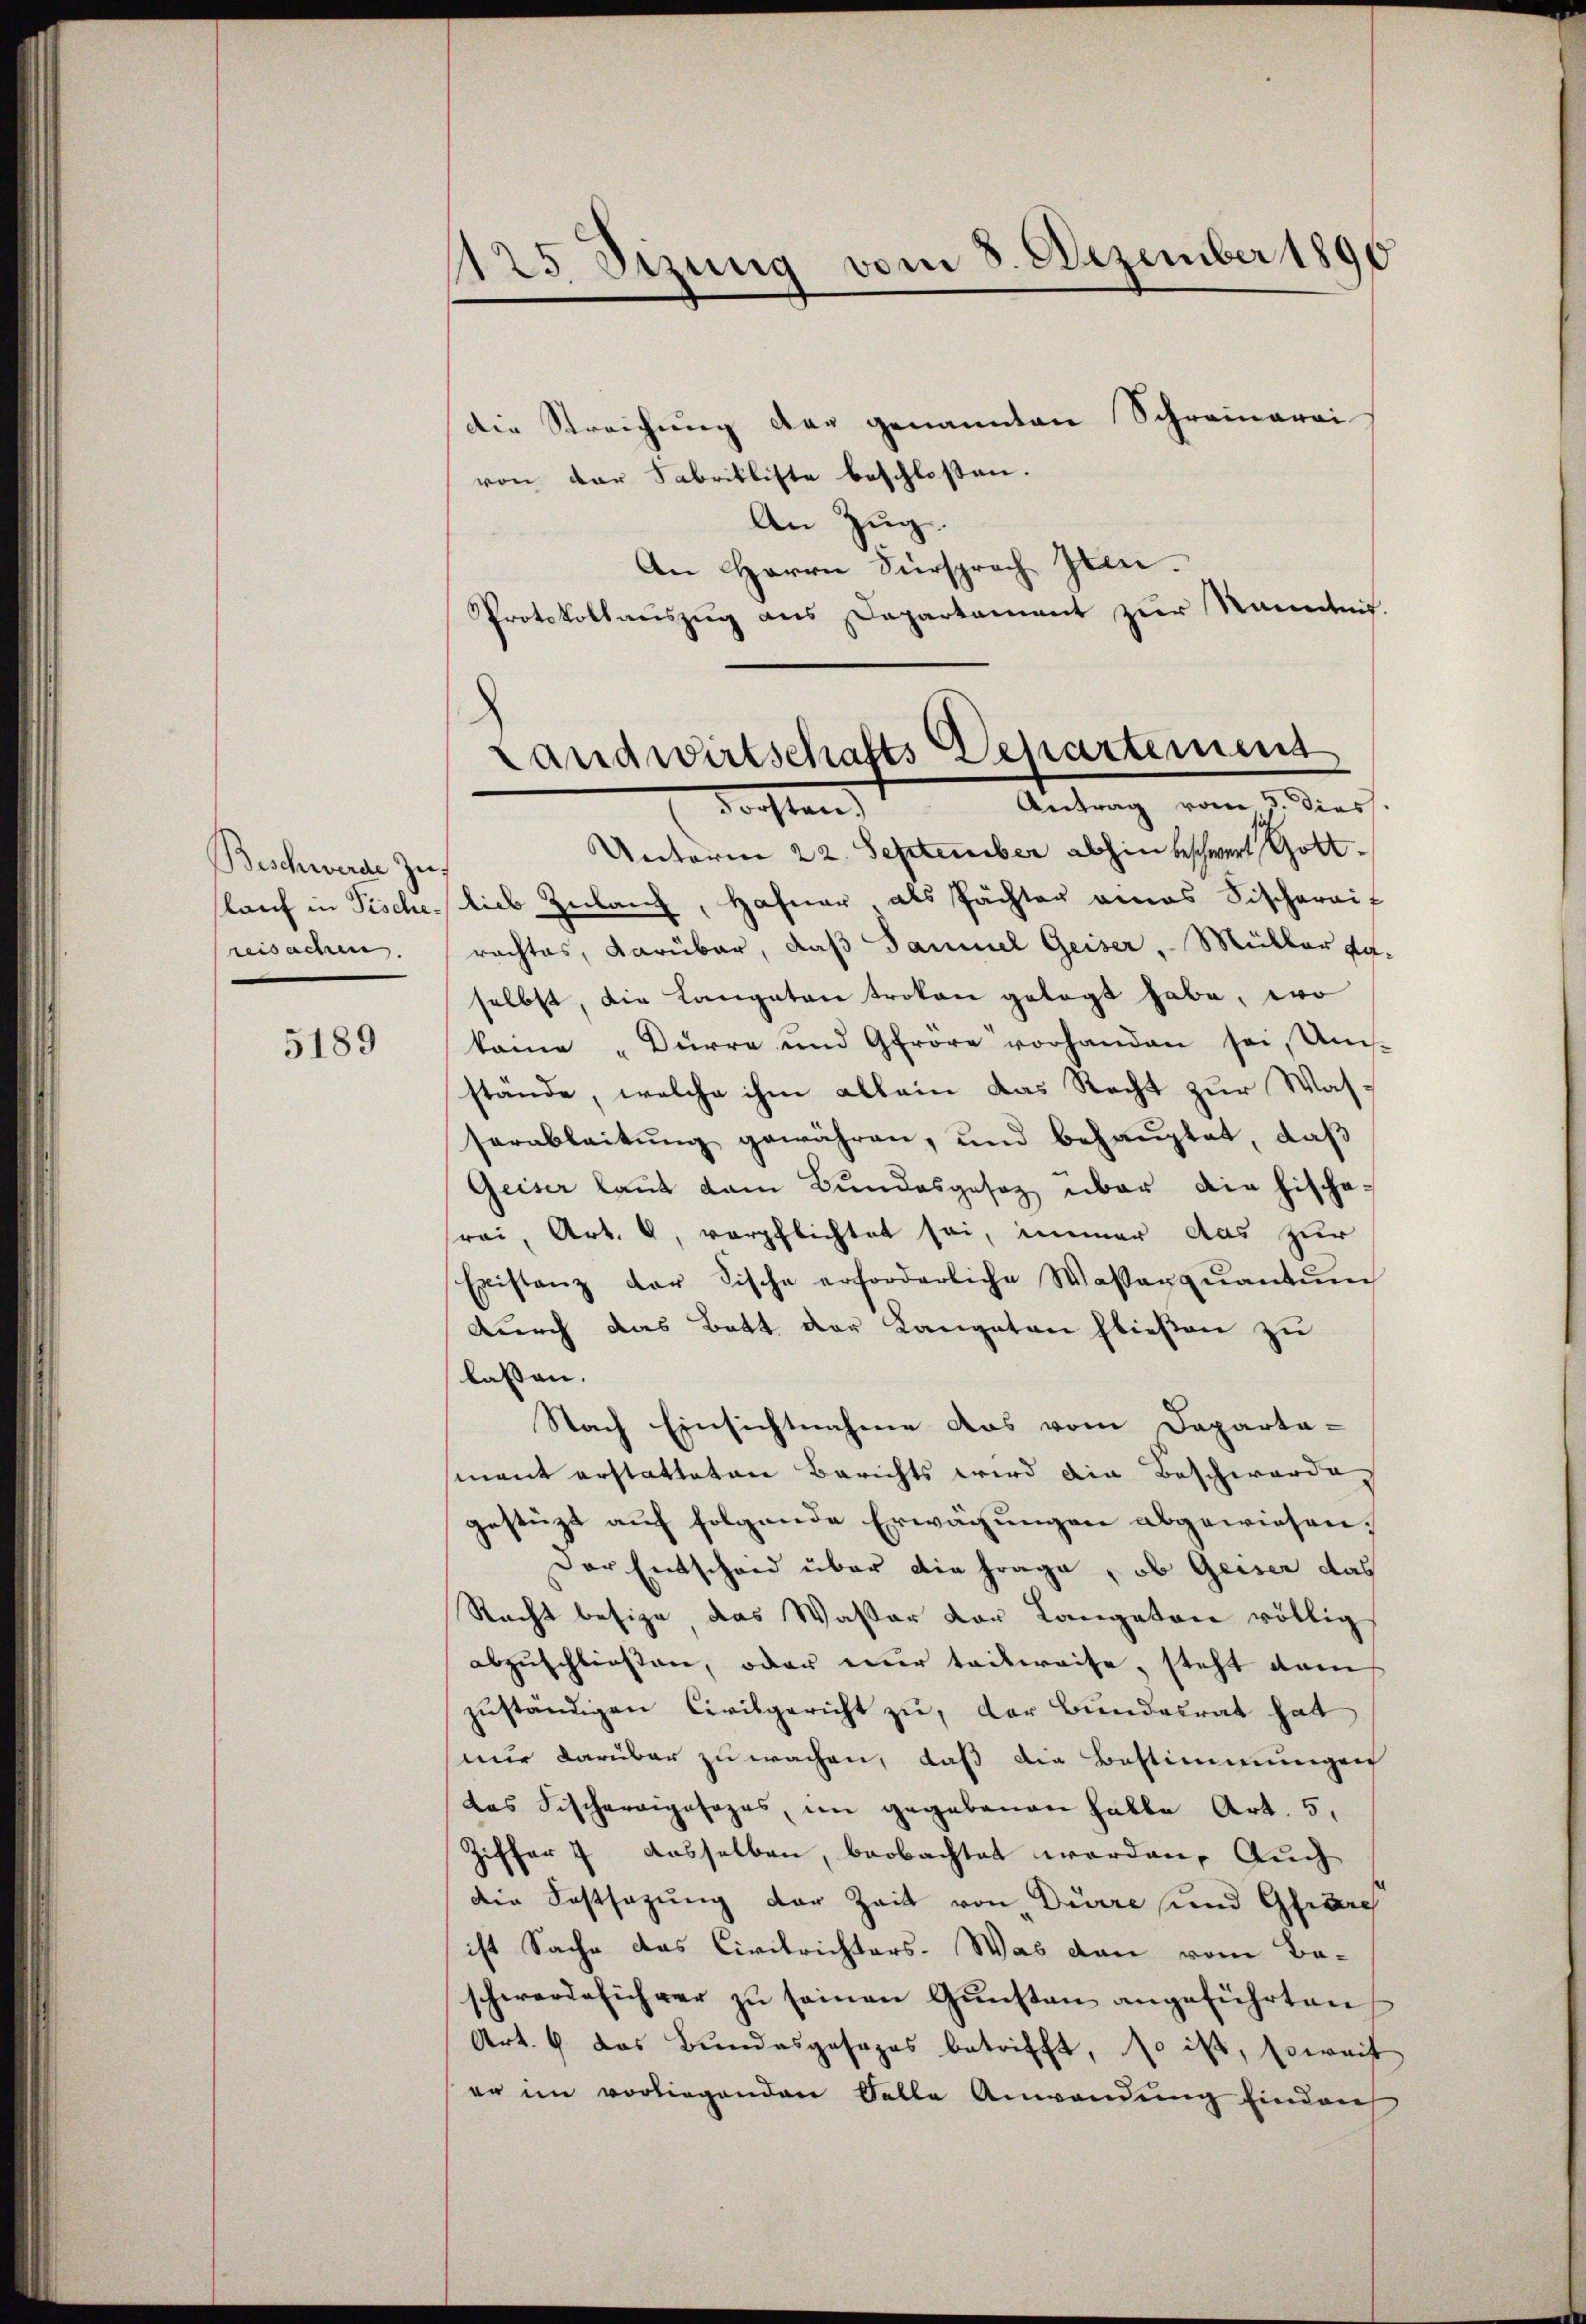
Beschwerde Zureisachen.

5189

1125 Sizung vom 3. Dezember 1890

die Streichung der genannten Schreinarai
von der Fabrikliste beschloßen.
An Zug.
An Herrn Fürsprach Zeen.
Protokollauszug aus Departament zur Nanntnis

Unterm 22. September abhin beschwert Gottslauf in Tische lieb Zulang, Hafner, als Pächter eines Fischaraif
rachtes, darüber, daß Samuel Geiser, Müller da-
selbst, die Langetan troten gelegt habe, wo
keine "Dürre und Gfröre vorhanden sei, Uns-
stände, welche ihm allein das Recht zur Wasserableitŭng gewähren, und behauptet, daß
Geiser laut dem Bundesgesez über die hischa-
rei, Art. 8, verpflichtet sei, immer das zur
Existanz der Fische erforderliche Wasserqŭantŭm
durch das Bett der Langetan hießen zu
lassen.
Nach Einsichtnahme das vom Departa-
sment erstatteten Berichts wird die Beschwerde,
gestüzt auf folgende Erwägungen abgewiesen.
Der Entscheid über die Frage, ob Geiser das
Recht besize, das Wasser Dor Langetan völlig
abzuschließen, oder nur teilweise, steht dam
zŭständigen Civilgericht zu, der Bundesrat hat
nur darüber zu wachen, daß die Bestimmungen
das Fischerigesezes, im gegebenen Halle Art. 5,
Ziffer 7 dasselben, beobachtet worden. Auch
die Festsezung der Zeit von Dürre und Gliere
ist Sache das Civilrichters. Was dann vom Beschwerdeführer zu seinen Gunsten angeführten
Art. 4 das Bundesgesages betrifft, so ist, soweit
er im vorliegenden Falle Anwendung Eindru

Landwirtschafts Departement
Antrag vom 3. dies.
dachten